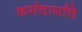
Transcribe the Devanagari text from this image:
कर्मचार्यांचे